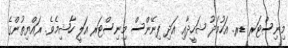
މިނިސްޓަރ ޑރ. އަހުމަދު ޝަހީދާއި އަދި ފިނޭންސް މިނިސްޓަރ އަލީ ހާޝިމެވެ. ރައްޔިތުންގެ